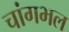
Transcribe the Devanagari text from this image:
चांगभल